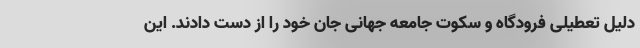
دلیل تعطیلی فرودگاه و سکوت جامعه جهانی جان خود را از دست دادند. این